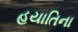
હયાતિના